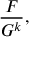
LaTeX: { \frac { F } { G ^ { k } } } ,